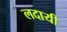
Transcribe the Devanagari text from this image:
लदायी